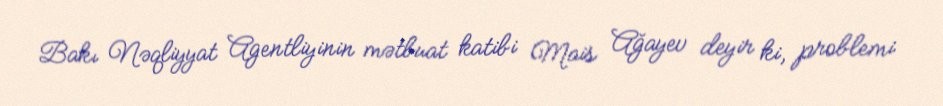
Bakı Nəqliyyat Agentliyinin mətbuat katibi Mais Ağayev deyir ki, problemi